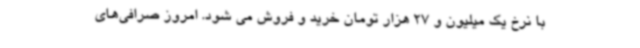
با نرخ یک میلیون و 27 هزار تومان خرید و فروش می شود. امروز صرافی‌های